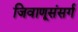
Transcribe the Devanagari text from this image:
जिवाणूसंसर्ग